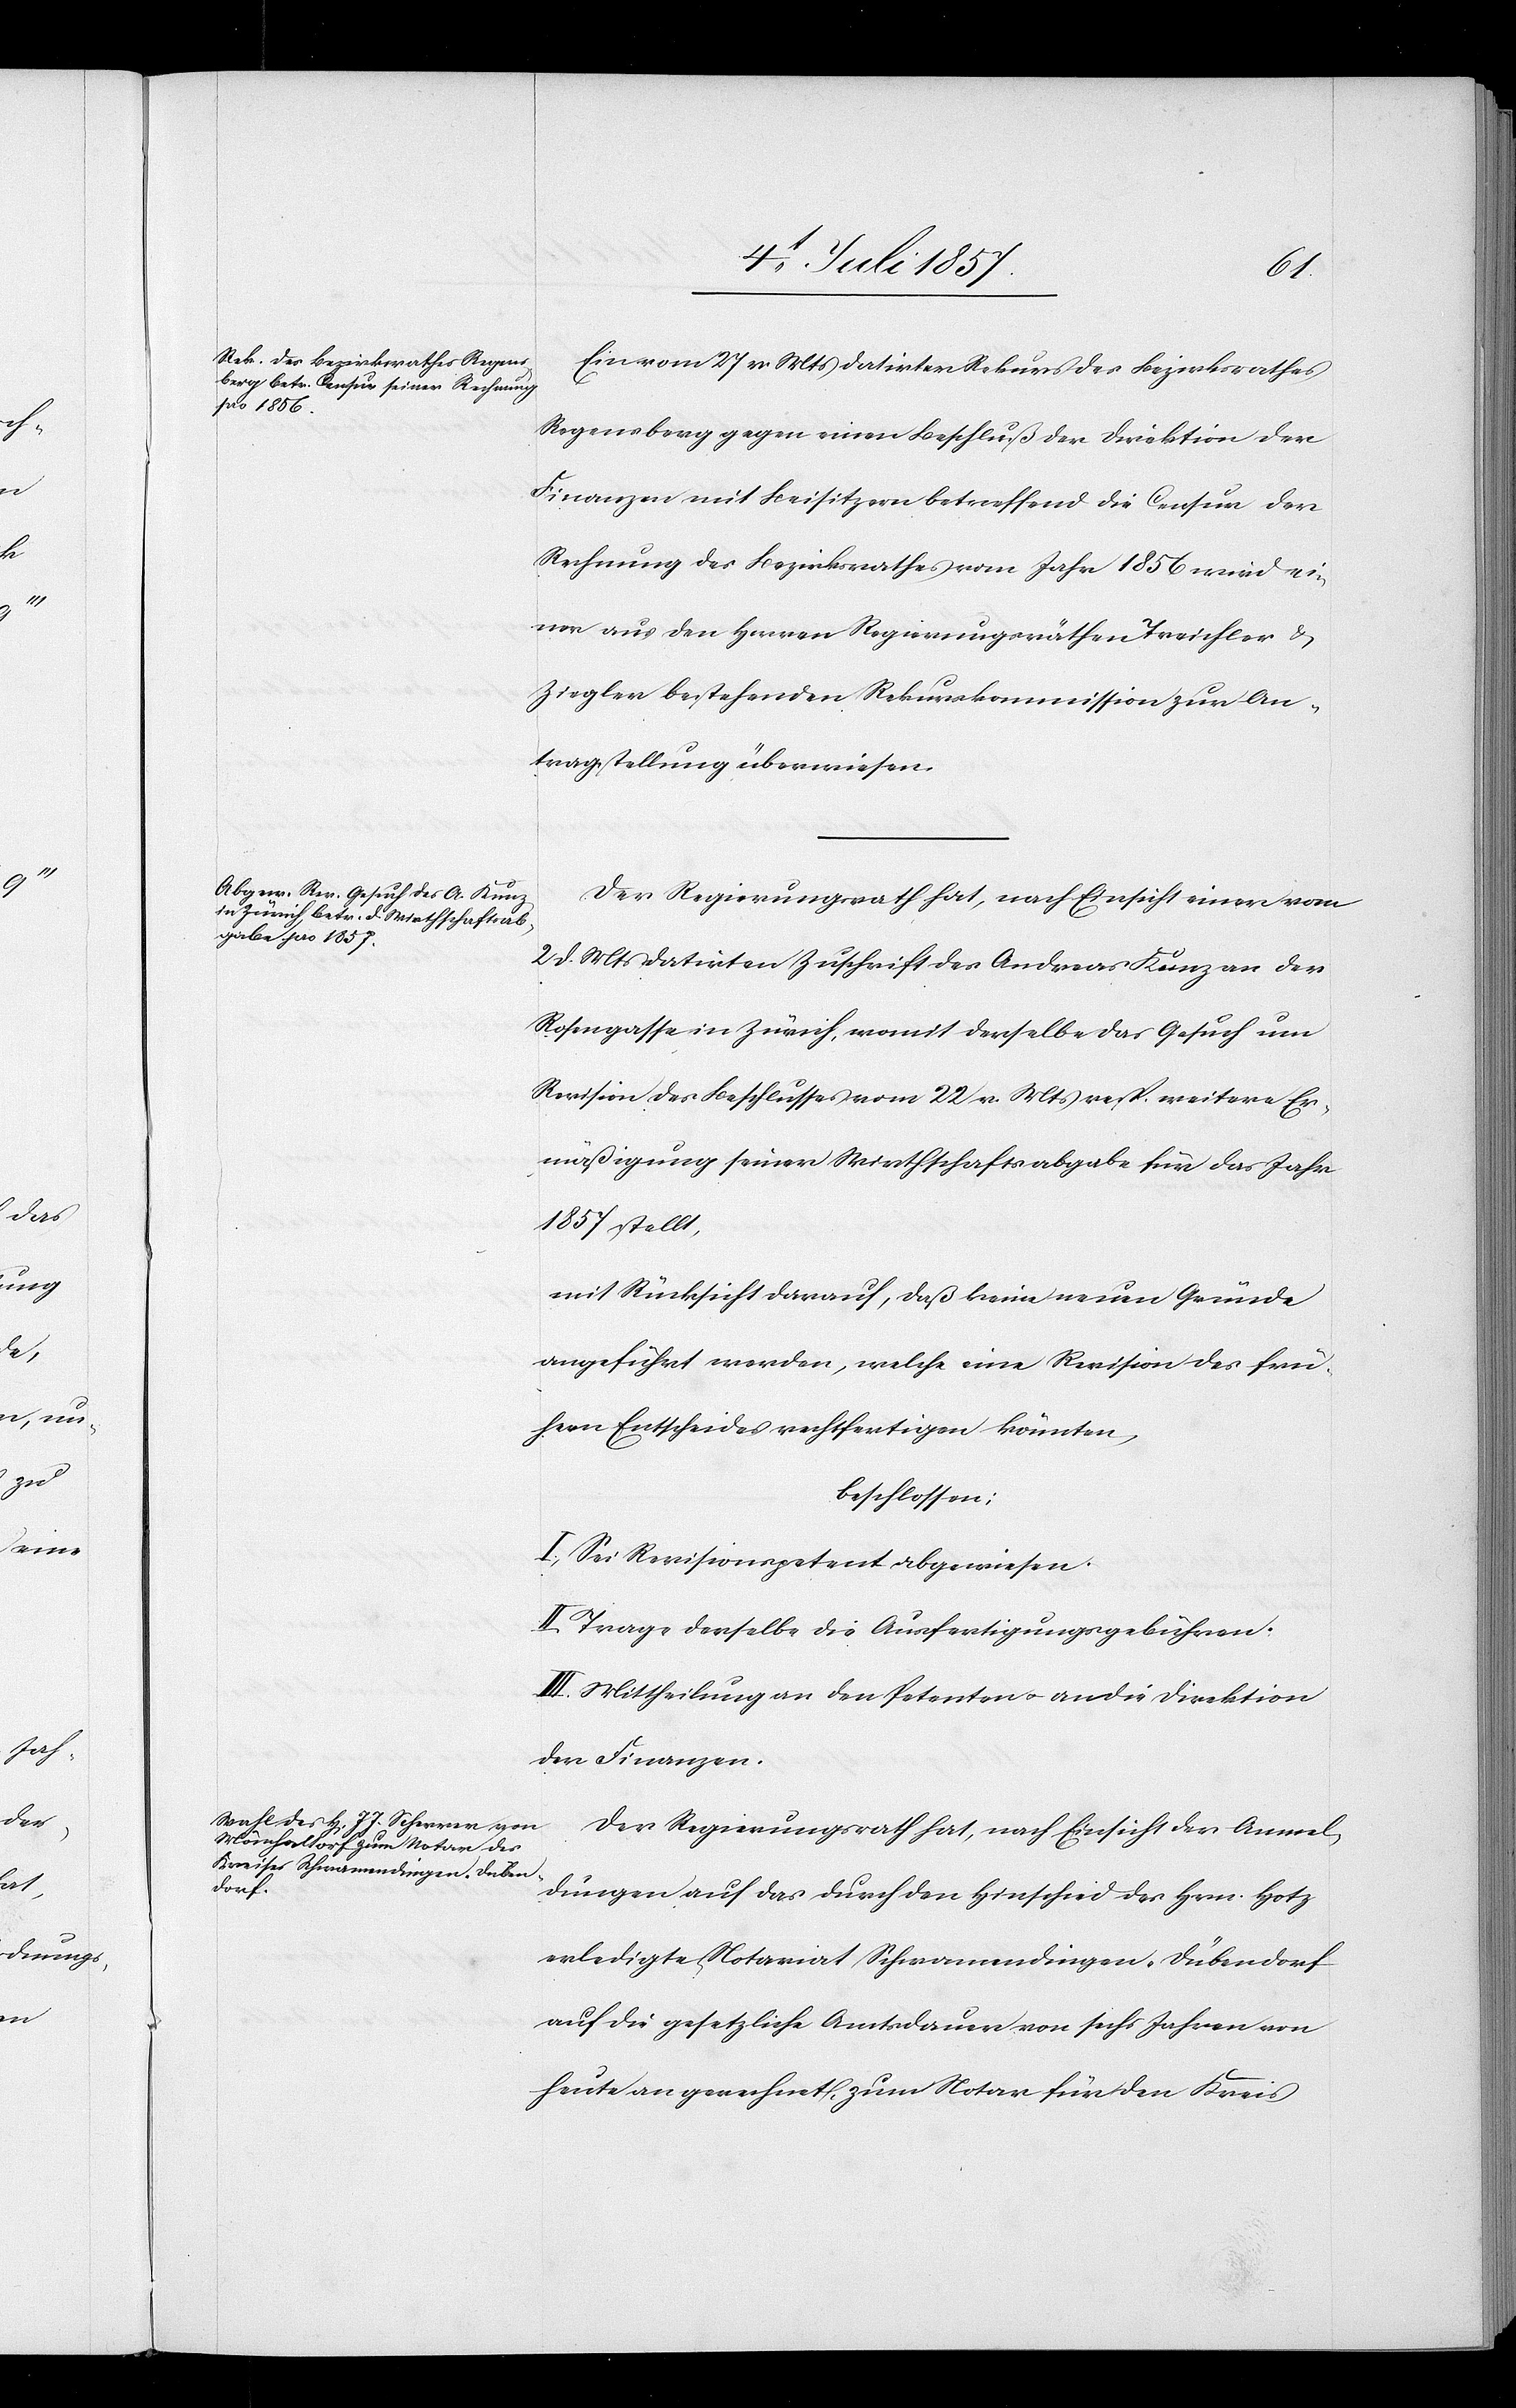
Ein vom 28 v. Mts. datirter Rekurs des Bezirksrathes
Regensberg gegen einen Beschluß der Direktion der
Finanzen mit Beisitzern betreffend die Censur der
Rechnung des Bezirksrathes vom Jahr 1856 wird ei¬
ner aus den Herren Regierungsräthen Treichler &
Ziegler bestehenden Rekurskommission zur An¬
tragstellung überwiesen.
Der Regierungsrath hat, nach Einsicht einer vom
2 d. Mts. datirten Zuschrift des Andreas Kunz an der
Rosengasse in Zürich, womit derselbe das Gesuch um
Revision des Beschlusses vom 22 v. Mts. resp. weitere Er¬
mässigung seiner Wirthschaftsabgabe für das Jahr
1857 stellt,
mit Rücksicht darauf, daß keine neuen Gründe
angeführt werden, welche eine Revision des frü¬
hern Entscheides rechtfertigen könnten,
beschlossen:
I. Sei Revisionspetent abgewiesen.
II. Trage derselbe die Ausfertigungsgebühren.
III. Mittheilung an den Petenten & an die Direktion
der Finanzen.
Der Regierungsrath hat, nach Einsicht der Anmel¬
dungen auf das durch den Hinschied des Hrn. Hotz
erledigte Notariat Schwamendingen-Dübendorf
auf die gesetzliche Amtsdauer von sechs Jahren von
heute an gerechnet zum Notar für den Kreis